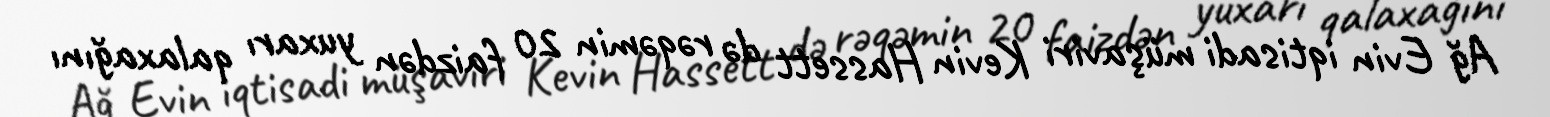
Ağ Evin iqtisadi müşaviri Kevin Hassett də rəqəmin 20 faizdən yuxarı qalaxağını